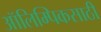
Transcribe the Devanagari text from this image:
ऑलिम्पिकसाठी